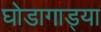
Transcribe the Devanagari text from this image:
घोडागाड्या